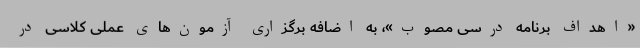
«اهداف برنامه درسی مصوب»، به اضافه برگزاری آزمون‌های عملی کلاسی در